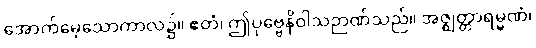
အောက်မေ့သောကာလ၌။ ဧတံ၊ ဤပုဗ္ဗေနိဝါသဉာဏ်သည်။ အဇ္ဈတ္တာရမ္မဏံ၊